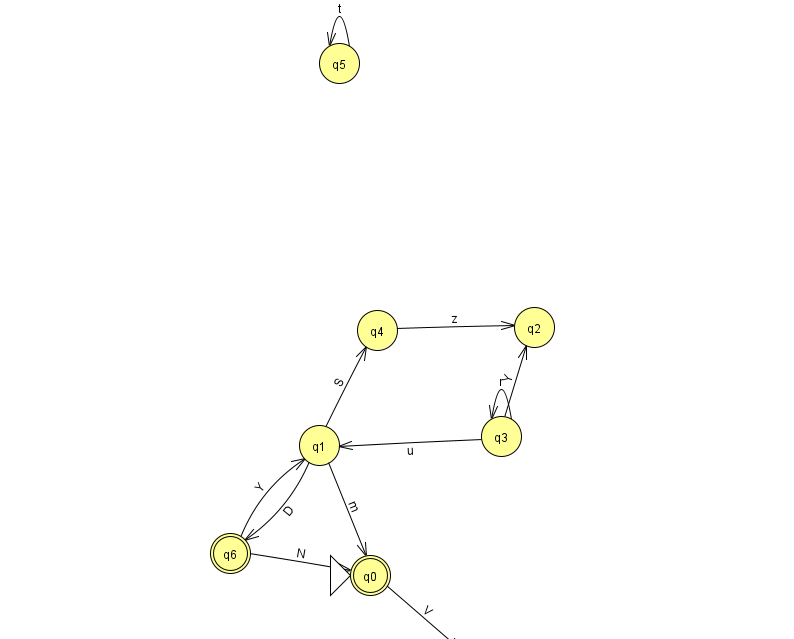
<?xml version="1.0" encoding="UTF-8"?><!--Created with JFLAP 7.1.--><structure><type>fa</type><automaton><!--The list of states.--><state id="0" name="q0"><x>370.0</x><y>562.0</y><initial/><final/></state><state id="1" name="q1"><x>319.0</x><y>432.0</y></state><state id="2" name="q2"><x>534.0</x><y>314.0</y></state><state id="3" name="q3"><x>501.0</x><y>423.0</y></state><state id="4" name="q4"><x>377.0</x><y>317.0</y></state><state id="5" name="q5"><x>339.0</x><y>50.0</y></state><state id="6" name="q6"><x>230.0</x><y>540.0</y><final/></state><state id="7" name="q7"><x>474.0</x><y>651.0</y></state><!--The list of transitions.--><transition><from>3</from><to>3</to><read>r</read></transition><transition><from>5</from><to>5</to><read>t</read></transition><transition><from>6</from><to>1</to><read>Y</read></transition><transition><from>1</from><to>0</to><read>m</read></transition><transition><from>3</from><to>2</to><read>Y</read></transition><transition><from>1</from><to>6</to><read>D</read></transition><transition><from>6</from><to>0</to><read>N</read></transition><transition><from>1</from><to>4</to><read>S</read></transition><transition><from>4</from><to>2</to><read>z</read></transition><transition><from>3</from><to>1</to><read>u</read></transition><transition><from>0</from><to>7</to><read>V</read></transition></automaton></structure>